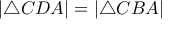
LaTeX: | \triangle C D A | = | \triangle C B A |